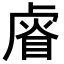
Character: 𥇨